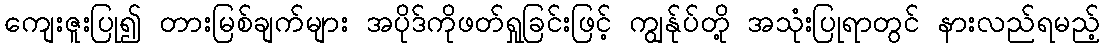
ကျေးဇူးပြု၍ တားမြစ်ချက်များ အပိုဒ်ကိုဖတ်ရှုခြင်းဖြင့် ကျွန်ုပ်တို့ အသုံးပြုရာတွင် နားလည်ရမည့်